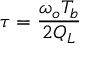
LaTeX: \tau = { \frac { \omega _ { o } T _ { b } } { 2 Q _ { L } } }